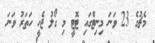
މެޗުގެ 23 ވަނަ މިނިޓްގައި ޓޮޓީ މި ގޯލު ޖެހީ ހަތަރު ވަނަ